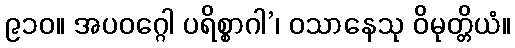
၉၁၀။ အပဝဂ္ဂေါ ပရိစ္စာဂါ’၊ ဝသာနေသု ဝိမုတ္တိယံ။